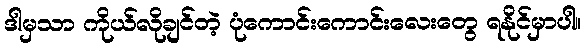
ဒါမှသာ ကိုယ်လိုချင်တဲ့ ပုံကောင်းကောင်းလေးတွေ ရနိုင်မှာပါ။